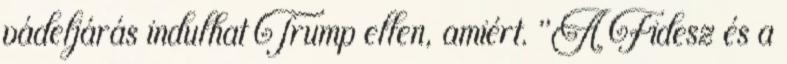
vádeljárás indulhat Trump ellen, amiért. "A Fidesz és a